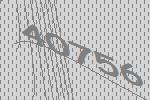
40756